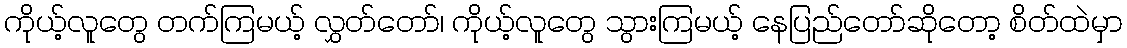
ကိုယ့်လူတွေ တက်ကြမယ့် လွှတ်တော်၊ ကိုယ့်လူတွေ သွားကြမယ့် နေပြည်တော်ဆိုတော့ စိတ်ထဲမှာ